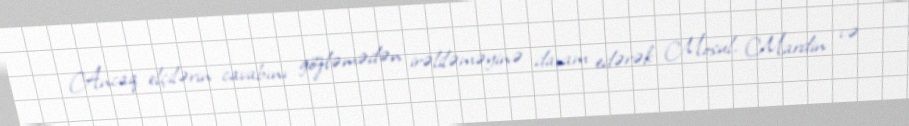
Ancaq elçilərin cavabını gözləmədən irəliləməyinə davam edərək Mosul, Mardin və